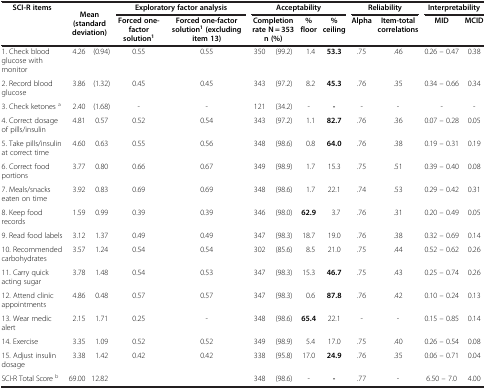
<table><thead><tr><td><b>SCI-R items</b></td><td><b> </b></td><td><b> </b></td><td colspan="2"><b>Exploratory factor analysis</b></td><td colspan="4"><b>Acceptability</b></td><td colspan="2"><b>Reliability</b></td><td colspan="2"><b>Interpretability</b></td></tr><tr><td><b> </b></td><td colspan="2"><b>Mean (standard deviation)</b></td><td><b>Forced one-factor solution<sup>1</sup></b></td><td><b>Forced one-factor solution<sup>1 </sup>(excluding item 13)</b></td><td colspan="2"><b>Completion rate N = 353 n (%)</b></td><td><b>% floor</b></td><td><b>% ceiling</b></td><td><b>Alpha</b></td><td><b>Item-total correlations</b></td><td><b>MID</b></td><td><b>MCID</b></td></tr></thead><tbody><tr><td>1. Check blood glucose with monitor</td><td>4.26</td><td>(0.94)</td><td>0.55</td><td>0.55</td><td>350</td><td>(99.2)</td><td>1.4</td><td><b>53.3</b></td><td>.75</td><td>.46</td><td>0.26 – 0.47</td><td>0.38</td></tr><tr><td>2. Record blood glucose</td><td>3.86</td><td>(1.32)</td><td>0.45</td><td>0.45</td><td>343</td><td>(97.2)</td><td>8.2</td><td><b>45.3</b></td><td>.76</td><td>.35</td><td>0.34 – 0.66</td><td>0.34</td></tr><tr><td>3. Check ketones <sup>a</sup></td><td>2.40</td><td>(1.68)</td><td>-</td><td>-</td><td>121</td><td>(34.2)</td><td>-</td><td><b>-</b></td><td>-</td><td>-</td><td>-</td><td>-</td></tr><tr><td>4. Correct dosage of pills/insulin</td><td>4.81</td><td>0.57</td><td>0.52</td><td>0.54</td><td>343</td><td>(97.2)</td><td>1.1</td><td><b>82.7</b></td><td>.76</td><td>.36</td><td>0.07 – 0.28</td><td>0.05</td></tr><tr><td>5. Take pills/insulin at correct time</td><td>4.60</td><td>0.63</td><td>0.55</td><td>0.56</td><td>348</td><td>(98.6)</td><td>0.8</td><td><b>64.0</b></td><td>.76</td><td>.38</td><td>0.19 – 0.31</td><td>0.19</td></tr><tr><td>6. Correct food portions</td><td>3.77</td><td>0.80</td><td>0.66</td><td>0.67</td><td>349</td><td>(98.9)</td><td>1.7</td><td>15.3</td><td>.75</td><td>.51</td><td>0.39 – 0.40</td><td>0.08</td></tr><tr><td>7. Meals/snacks eaten on time</td><td>3.92</td><td>0.83</td><td>0.69</td><td>0.69</td><td>348</td><td>(98.6)</td><td>1.7</td><td>22.1</td><td>.74</td><td>.53</td><td>0.29 – 0.42</td><td>0.31</td></tr><tr><td>8. Keep food records</td><td>1.59</td><td>0.99</td><td>0.39</td><td>0.39</td><td>346</td><td>(98.0)</td><td><b>62.9</b></td><td>3.7</td><td>.76</td><td>.31</td><td>0.20 – 0.49</td><td>0.05</td></tr><tr><td>9. Read food labels</td><td>3.12</td><td>1.37</td><td>0.49</td><td>0.49</td><td>347</td><td>(98.3)</td><td>18.7</td><td>19.0</td><td>.76</td><td>.38</td><td>0.32 – 0.69</td><td>0.14</td></tr><tr><td>10. Recommended carbohydrates</td><td>3.57</td><td>1.24</td><td>0.54</td><td>0.54</td><td>302</td><td>(85.6)</td><td>8.5</td><td>21.0</td><td>.75</td><td>.44</td><td>0.52 – 0.62</td><td>0.26</td></tr><tr><td>11. Carry quick acting sugar</td><td>3.78</td><td>1.48</td><td>0.54</td><td>0.53</td><td>347</td><td>(98.3)</td><td>15.3</td><td><b>46.7</b></td><td>.75</td><td>.43</td><td>0.25 – 0.74</td><td>0.26</td></tr><tr><td>12. Attend clinic appointments</td><td>4.86</td><td>0.48</td><td>0.57</td><td>0.57</td><td>347</td><td>(98.3)</td><td>0.6</td><td><b>87.8</b></td><td>.76</td><td>.42</td><td>0.10 – 0.24</td><td>0.13</td></tr><tr><td>13. Wear medic alert</td><td>2.15</td><td>1.71</td><td>0.25</td><td>-</td><td>348</td><td>(98.6)</td><td><b>65.4</b></td><td>22.1</td><td>-</td><td>-</td><td>0.15 – 0.85</td><td>0.14</td></tr><tr><td>14. Exercise</td><td>3.35</td><td>1.09</td><td>0.52</td><td>0.52</td><td>349</td><td>(98.9)</td><td>5.4</td><td>17.0</td><td>.75</td><td>.40</td><td>0.26 – 0.54</td><td>0.08</td></tr><tr><td>15. Adjust insulin dosage</td><td>3.38</td><td>1.42</td><td>0.42</td><td>0.42</td><td>338</td><td>(95.8)</td><td>17.0</td><td><b>24.9</b></td><td>.76</td><td>.35</td><td>0.06 – 0.71</td><td>0.04</td></tr><tr><td>SCI-R Total Score <sup>b</sup></td><td>69.00</td><td>12.82</td><td> </td><td> </td><td>348</td><td>(98.6)</td><td>-</td><td><b>-</b></td><td>.77</td><td>-</td><td>6.50 – 7.0</td><td>4.00</td></tr></tbody></table>